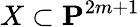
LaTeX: X\subset\mathbf{P}^{2m+1}